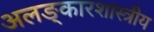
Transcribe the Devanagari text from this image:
अलङ्कारशास्त्रीय